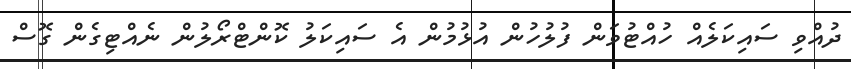
ދުއްވި ސައިކަލެއް ހުއްޓުވަން ފުލުހުން އުޅުމުން އެ ސައިކަލު ކޮންޓްރޯލުން ނެއްޓިގެން ގޮސް